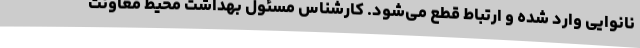
نانوایی وارد شده و ارتباط قطع می‌شود. کارشناس مسئول بهداشت محیط معاونت